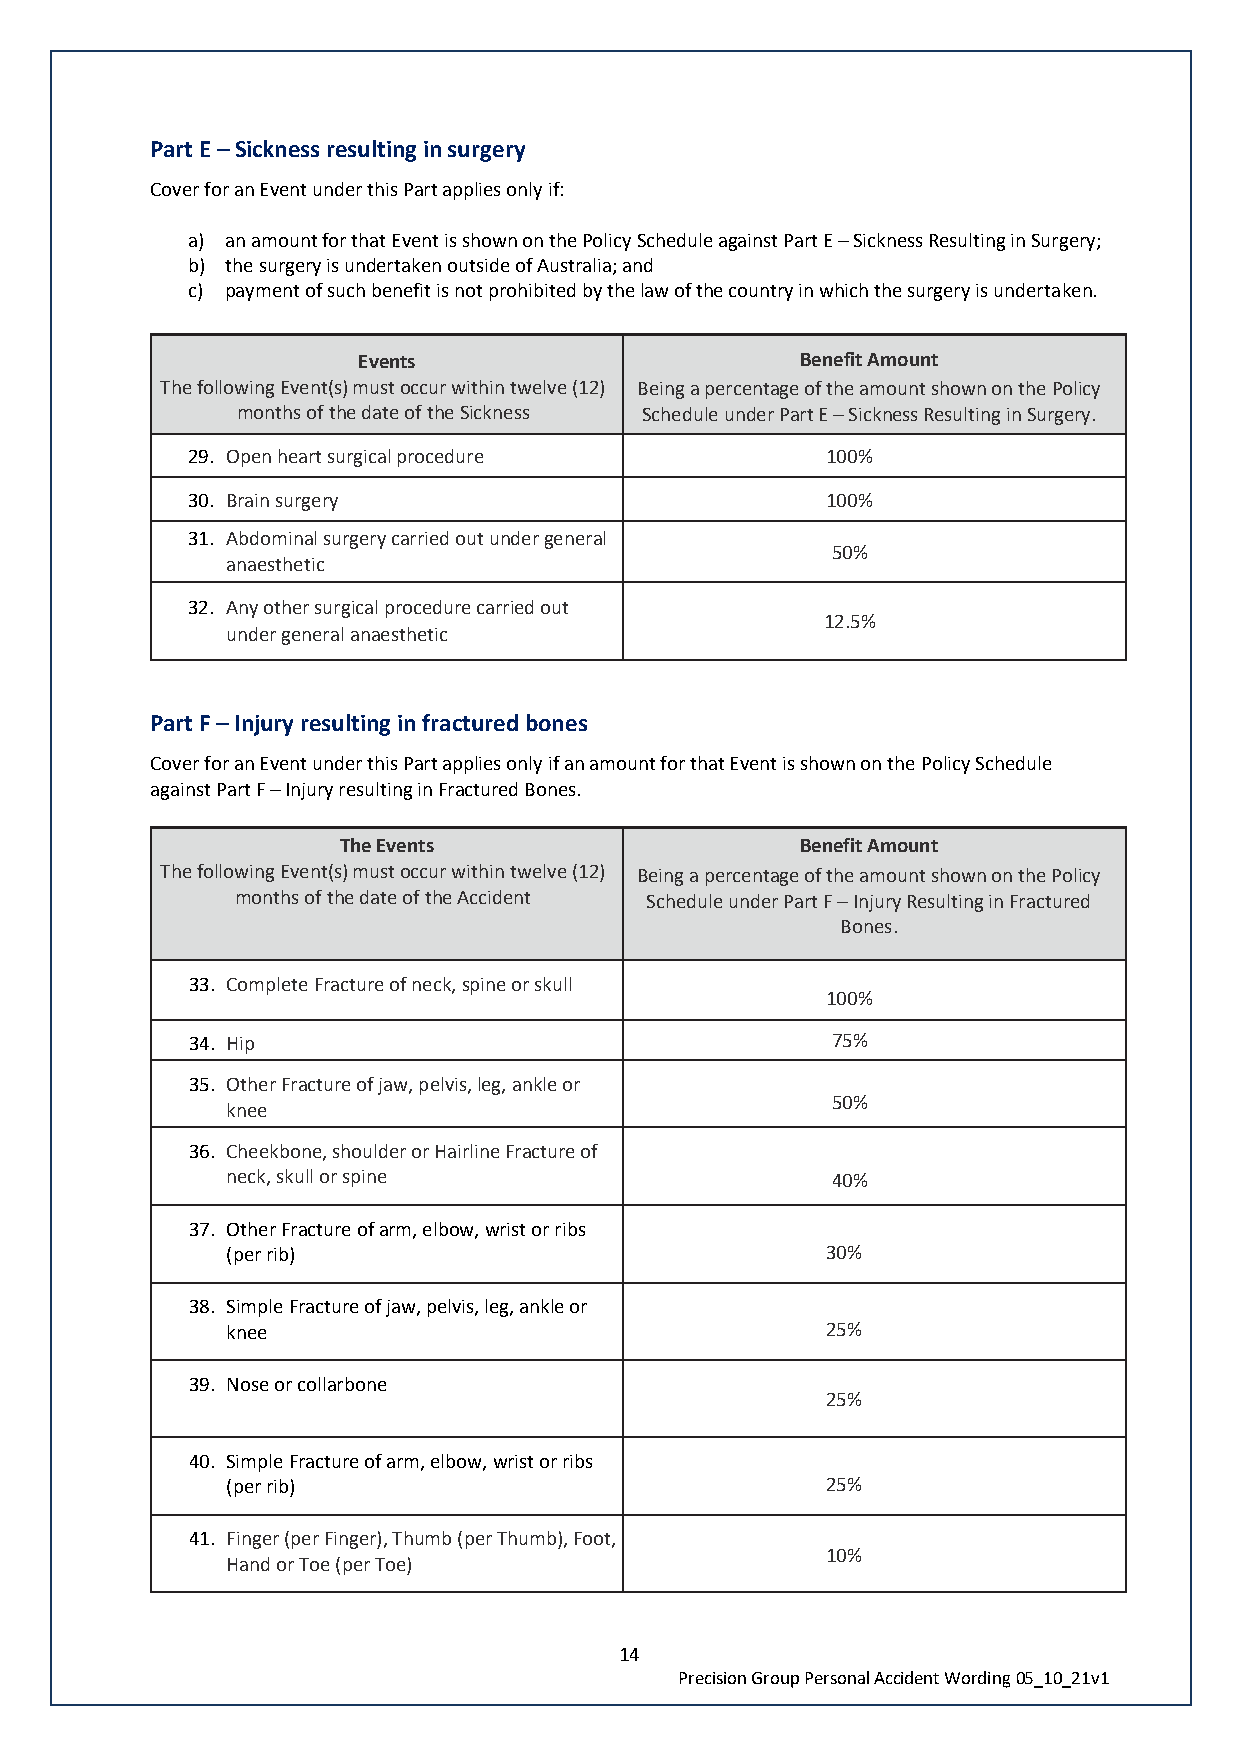
Part E – Sickness resulting in surgery
 Cover for an Event under this Part applies only if:
 a) an amount for that Event is shown on the Policy Schedule against Part E – Sickness Resulting in Surgery;
 b) the surgery is undertaken outside of Australia; and
 c) payment of such benefit is not prohibited by the law of the country in which the surgery is undertaken.
 Events                       Benefit Amount
 The following Event(s) must occur within twelve (12) Being a percentage of the amount shown on the Policy
 months of the date of the Sickness Schedule under Part E – Sickness Resulting in Surgery.
 29. Open heart surgical procedure          100%
 30. Brain surgery                          100%
 31. Abdominal surgery carried out under general
 50%
 anaesthetic
 32. Any other surgical procedure carried out
 12.5%
 under general anaesthetic
 Part F – Injury resulting in fractured bones
 Cover for an Event under this Part applies only if an amount for that Event is shown on the Policy Schedule
 against Part F – Injury resulting in Fractured Bones.
 The Events                     Benefit Amount
 The following Event(s) must occur within twelve (12) Being a percentage of the amount shown on the Policy
 months of the date of the Accident Schedule under Part F – Injury Resulting in Fractured
 Bones.
 33. Complete Fracture of neck, spine or skull
 100%
 34. Hip                                   75%
 35. Other Fracture of jaw, pelvis, leg, ankle or
 50%
 knee
 36. Cheekbone, shoulder or Hairline Fracture of
 neck, skull or spine                    40%
 37. Other Fracture of arm, elbow, wrist or ribs
 (per rib)                               30%
 38. Simple Fracture of jaw, pelvis, leg, ankle or
 knee                                    25%
 39. Nose or collarbone
 25%
 40. Simple Fracture of arm, elbow, wrist or ribs
 (per rib)                               25%
 41. Finger (per Finger), Thumb (per Thumb), Foot,
 10%
 Hand or Toe (per Toe)
 14
 Precision Group Personal Accident Wording 05_10_21v1